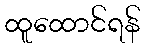
ထူထောင်ရန်